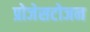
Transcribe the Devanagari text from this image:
प्रोजेसटोजन